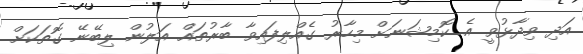
އަދި ވިދާޅުވީ އެ ކޮމިޝަނަށް މިހާރު ގެއްލިފައިވާ ބާރުތައް އަލުން ލިބޭނޭ ގޮތަކަށް